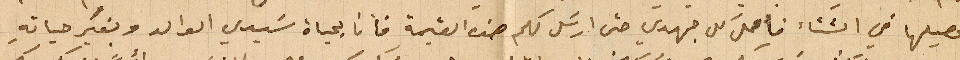
تحصيلها في الشتاء فأعمل كل جهدي حتى ارسل لكم هذه القيمة فأنا بحياة سَيدي الوالد وبغير حياتهِ